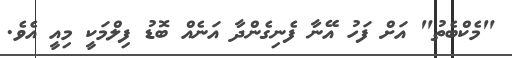
"މެކްބެތު" އަށް ފަހު އޭނާ ފެނިގެންދާ އަނެއް ބޮޑު ފިލްމަކީ މިއީ އެވެ.